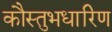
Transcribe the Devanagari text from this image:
कौस्तुभधारिण